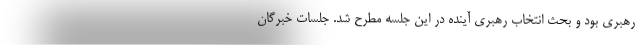
رهبری بود و بحث انتخاب رهبری آینده در این جلسه مطرح شد. جلسات خبرگان